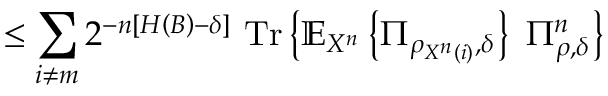
\leq \sum _ { i \neq m } 2 ^ { - n \left[ H \left( B \right) - \delta \right] } \ { \mathrm { T r } } \left\{ \mathbb { E } _ { X ^ { n } } \left\{ \Pi _ { \rho _ { X ^ { n } \left( i \right) } , \delta } \right\} \ \Pi _ { \rho , \delta } ^ { n } \right\}